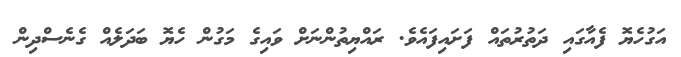
އަގުހެޔޮ ފެއާގައި ދަތުރުތައް ފަށައިފައެވެ. ރައްޔިތުންނަށް ވައިގެ މަގުން ހެޔޮ ބަދަލެއް ގެނެސްދިން